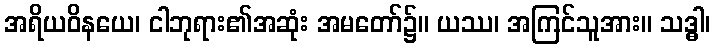
အရိယဝိနယေ၊ ငါဘုရား၏အဆုံး အမတော်၌။ ယဿ၊ အကြင်သူအား။ သဒ္ဓါ၊